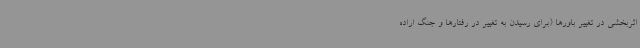
اثربخشی در تغییر باورها (برای رسیدن به تغییر در رفتارها و جنگ اراده